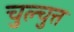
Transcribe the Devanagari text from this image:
चुल्चुत्त